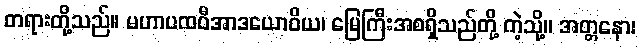
တရားတို့သည်။ မဟာပထဝီအာဒယောဝိယ၊ မြေကြီးအစရှိသည်တို့ ကဲ့သို့။ အတ္တနော၊